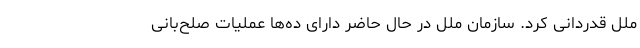
ملل قدردانی کرد. سازمان ملل در حال حاضر دارای ده‌ها عملیات صلح‌بانی